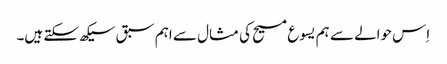
‏ اِس حوالے سے ہم یسوع مسیح کی مثال سے اہم سبق سیکھ سکتے ہیں۔